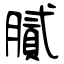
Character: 膩